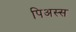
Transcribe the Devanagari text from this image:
पिअस्स